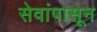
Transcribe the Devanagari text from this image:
सेवांपासून